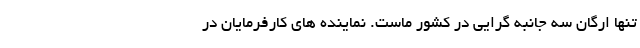
تنها ارگان سه جانبه گرایی در کشور ماست. نماینده های کارفرمایان در